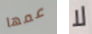
عمها لا